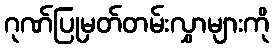
ဂုဏ်ပြုမှတ်တမ်းလွှာများကို